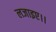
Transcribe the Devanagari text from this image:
लजाइए।।